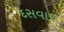
દસવાર